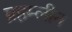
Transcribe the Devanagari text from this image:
ब्रहम्लीन